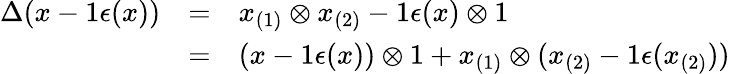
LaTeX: \begin{array}{rcl}{{\Delta(x-1\epsilon(x))}}&{{=}}&{{x_{(1)}\otimes x_{(2)}-1\epsilon(x)\otimes 1}}\\ {{}}&{{=}}&{{(x-1\epsilon(x))\otimes 1+x_{(1)}\otimes(x_{(2)}-1\epsilon(x_{(2)}))}}\end{array}